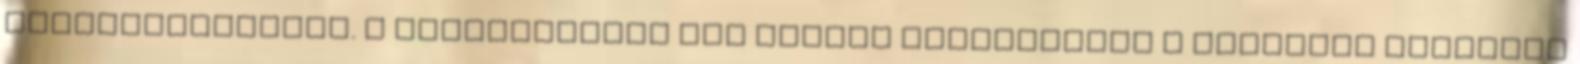
túrafelszerelés. A szolgáltatók nem tudják teljesíteni a kereslet igényeit